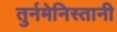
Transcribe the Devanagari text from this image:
तुर्नमेनिस्तानी